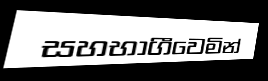
සහභාගීවෙමින්